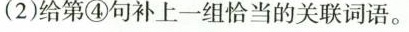
(2)给第④句补上一组恰当的关联词语。